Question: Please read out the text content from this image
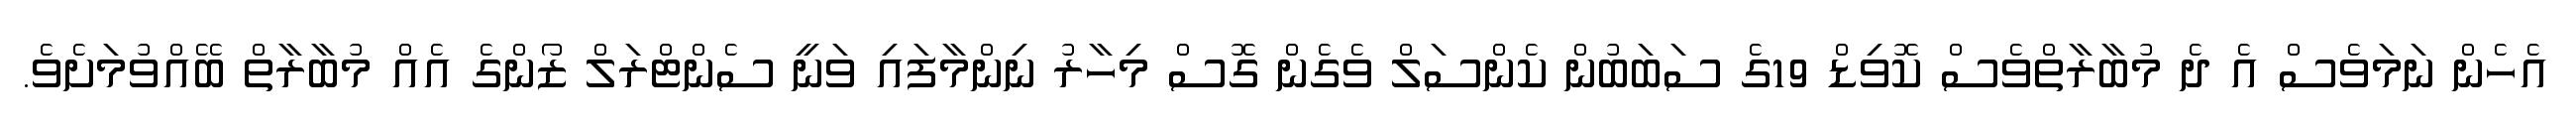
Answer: އެހެން ނަމަވެސް އެ ދެ މުބާރާތްވެސް ކޮވިޑް 19ގެ ސަބަބުން ކެންސަލް ވެގެން ގޮސް މިހާރު ނިންމާފައި ވަނީ ސެންޓްރަލް ޒޯންގެ އެއް މުބާރާތް ބޭއްވުމަށެވެ.